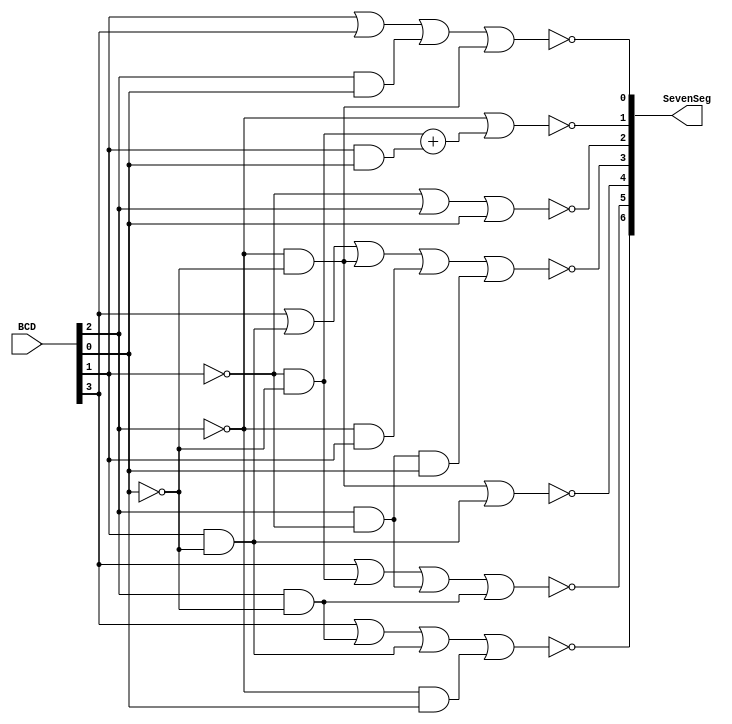
module BCDtoSevenSeg (

	input [3:0] BCD, 				//4 bit BCD input
	output reg [6:0] SevenSeg	//7 bit 7-segment display control sginal
	
);

	wire [6:0] Segment;
	
	//a = BCD[3], b = BCD[2], c = BCD[1], d = BCD[0]
	assign Segment[0] = !(BCD[1] | BCD[3] | (BCD[2] & BCD[0]) | (~BCD[2] & ~BCD[0]));
	assign Segment[1] = !(~BCD[2] | (~BCD[1] & ~BCD[0]) + (BCD[1] & BCD[0]));
	assign Segment[2] = !(~BCD[1] | BCD[2] | BCD[0]);
	assign Segment[3] = !(BCD[3] | (BCD[1] & ~BCD[0]) | (~BCD[2] & ~BCD[0]) | (~BCD[2] & BCD[1]) | (BCD[2] & ~BCD[1] & BCD[0]));
	assign Segment[4] = !((~BCD[2] & ~BCD[0]) | (BCD[1] & ~BCD[0]));
	assign Segment[5] = !(BCD[3] | (~BCD[1] & ~BCD[0]) | (BCD[2] & ~BCD[1]) | (BCD[2] & ~BCD[0]));
	assign Segment[6] = !(BCD[3] | (BCD[2] & ~BCD[0]) | (BCD[1] & ~BCD[0]) | (~BCD[2] & BCD[0]));
	
	always @ (*)
	begin
	
		SevenSeg[0] <= Segment[0];
		SevenSeg[1] <= Segment[1];
		SevenSeg[2] <= Segment[2];
		SevenSeg[3] <= Segment[3];
		SevenSeg[4] <= Segment[4];
		SevenSeg[5] <= Segment[5];
		SevenSeg[6] <= Segment[6];
	
	end

endmodule